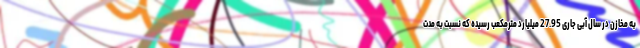
به مخازن در سال آبی جاری 27.95 میلیارد مترمکعب رسیده که نسبت به مدت